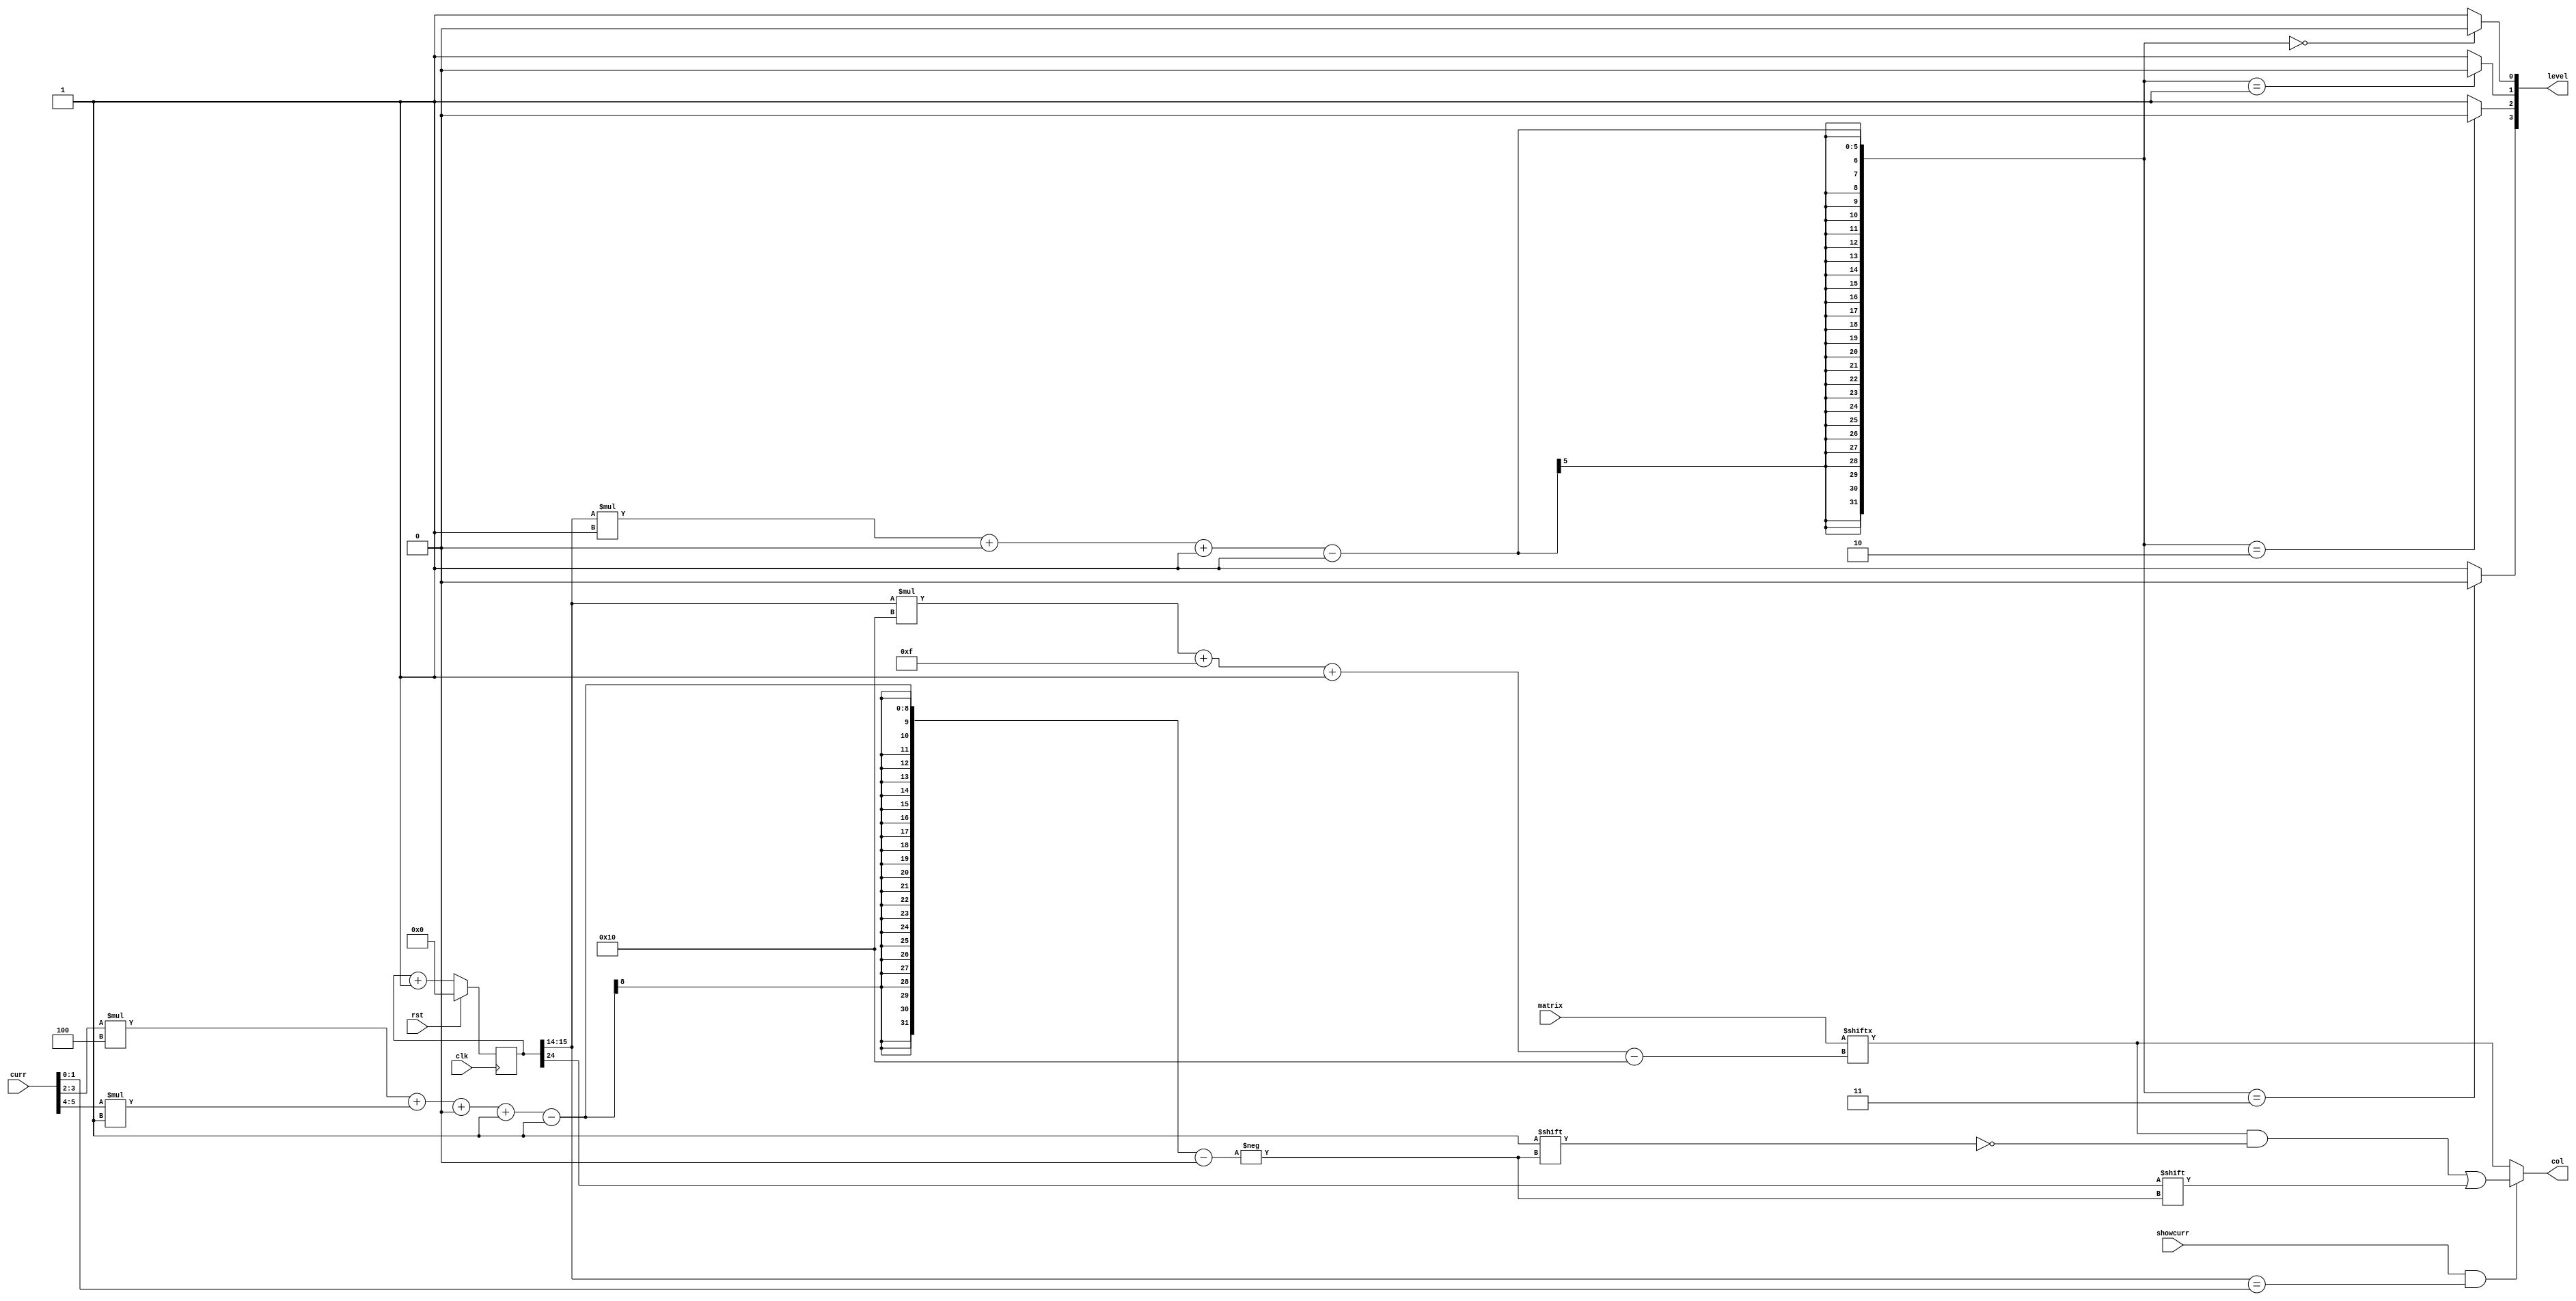
/*
   This file was generated automatically by the Mojo IDE version B1.3.5.
   Do not edit this file directly. Instead edit the original Lucid source.
   This is a temporary file and any changes made to it will be destroyed.
*/

module cube_3 (
    input clk,
    input rst,
    input [63:0] matrix,
    input showcurr,
    input [5:0] curr,
    output reg [3:0] level,
    output reg [15:0] col
  );
  
  
  
  reg [24:0] M_counter_d, M_counter_q = 1'h0;
  
  reg [1:0] n;
  
  always @* begin
    M_counter_d = M_counter_q;
    
    n = M_counter_q[14+1-:2];
    M_counter_d = M_counter_q + 1'h1;
    level[0+3-:4] = 4'hf;
    level[(n)*1+0-:1] = 2'h0;
    col = matrix[(n)*16+15-:16];
    if (showcurr & n == curr[0+1-:2]) begin
      col[(curr[2+1-:2])*4+(curr[4+1-:2])*1+0-:1] = M_counter_q[24+0-:1];
    end
  end
  
  always @(posedge clk) begin
    if (rst == 1'b1) begin
      M_counter_q <= 1'h0;
    end else begin
      M_counter_q <= M_counter_d;
    end
  end
  
endmodule